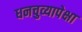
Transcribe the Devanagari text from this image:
धनचुव्यापेक्षा